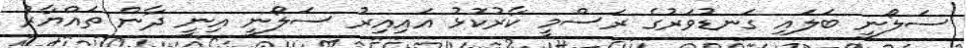
ސަލޯނީ ބަލައި ގަނޑުވަރުގެ ރަސްމީ ކާރުކޮޅު އައިއިރު ސަލޯނީ އިނީ ދާން ތައްޔާރު